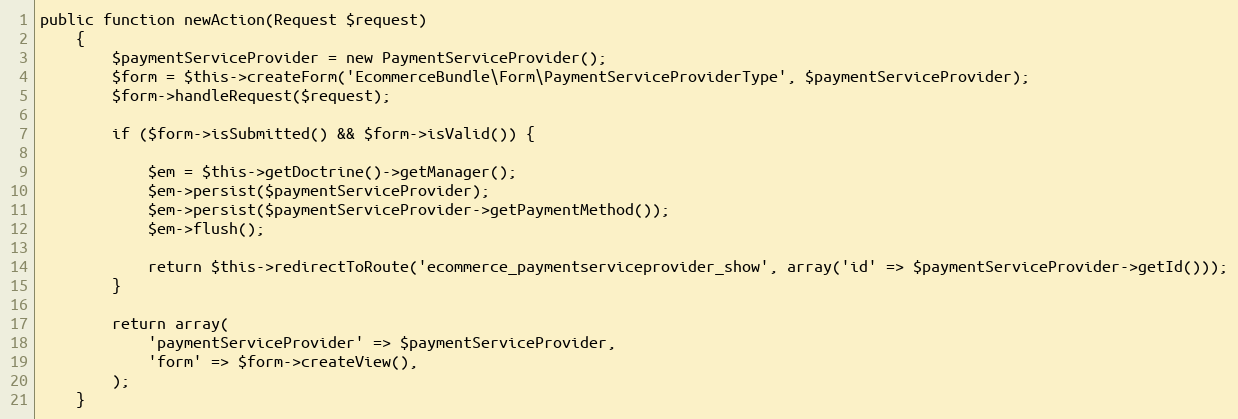
Language: PHP
public function newAction(Request $request)
    {
        $paymentServiceProvider = new PaymentServiceProvider();
        $form = $this->createForm('EcommerceBundle\Form\PaymentServiceProviderType', $paymentServiceProvider);
        $form->handleRequest($request);

        if ($form->isSubmitted() && $form->isValid()) {

            $em = $this->getDoctrine()->getManager();
            $em->persist($paymentServiceProvider);
            $em->persist($paymentServiceProvider->getPaymentMethod());
            $em->flush();

            return $this->redirectToRoute('ecommerce_paymentserviceprovider_show', array('id' => $paymentServiceProvider->getId()));
        }

        return array(
            'paymentServiceProvider' => $paymentServiceProvider,
            'form' => $form->createView(),
        );
    }